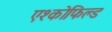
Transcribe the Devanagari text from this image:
एश्कोफिल्ड